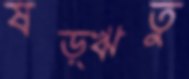
ষড়্‌ঋতু